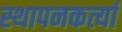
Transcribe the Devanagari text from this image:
स्थापनकर्त्या